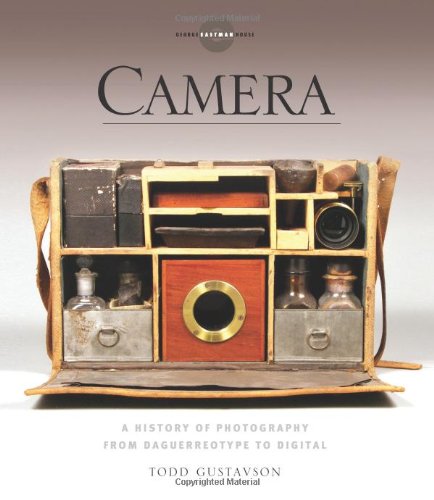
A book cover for Camera: A History of Photography from Daguerreotype to Digital; Todd Gustavson; Arts & Photography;